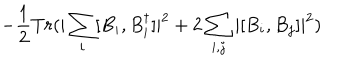
- \frac { 1 } { 2 } T r ( | \sum _ { i } [ B _ { i } , B _ { i } ^ { \dagger } ] | ^ { 2 } + 2 \sum _ { i , j } | [ B _ { i } , B _ { j } ] | ^ { 2 } )